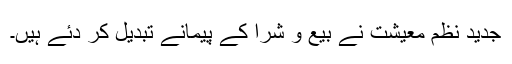
جدید نظم معیشت نے بیع و شرا کے پیمانے تبدیل کر دئے ہیں۔